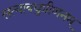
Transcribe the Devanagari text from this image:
सत्यावघुप्रीणनम्